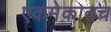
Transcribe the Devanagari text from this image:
एकमेकातच